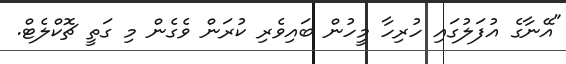
"އޭނާގެ އުފަލުގައި ހުރިހާ މީހުން ބައިވެރި ކުރަން ވެގެން މި ގަތީ ޗޮކްލެޓް.